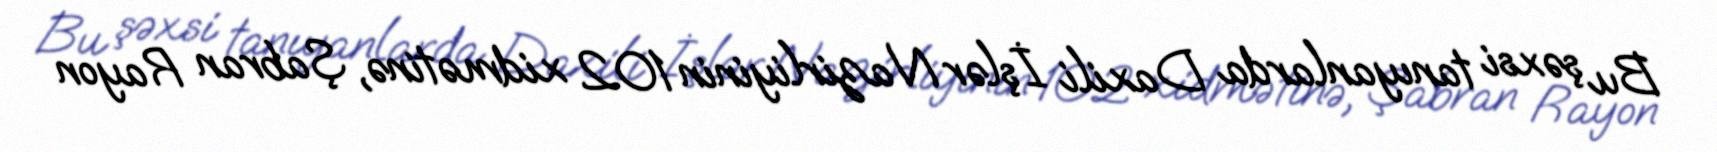
Bu şəxsi tanıyanlarda Daxili İşlər Nazirliyinin 102 xidmətinə, Şabran Rayon